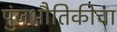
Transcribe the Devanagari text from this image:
पुंजभौतिकीचा